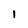
Character: i